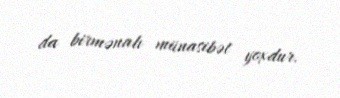
da birmənalı münasibət yoxdur.